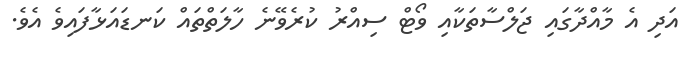
އަދި އެ މާއްދާގައި ޖަލްސާތަކާއި ވޯޓް ސިއްރު ކުރެވޭނެ ހާލަތްތައް ކަނޑައަޅާފައިވެ އެވެ.